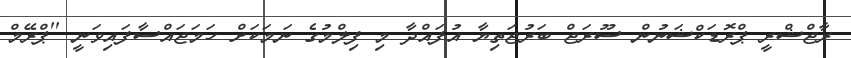
ރާޖްޝްރީ ޕްރޮޑަކްޝަނުން ސޫރަޖް ބަރުޖަތިޔާ އުފައްދާ މި ފިލްމުގެ ނަމަކަށް ހަމަޖައްސާފައިވަނީ ''ޕްރޭމް